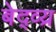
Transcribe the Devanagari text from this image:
बेद्व्य्र